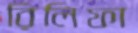
রিলিফা